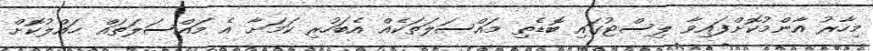
މިހާރު އާންމުކޮށްފައިވާ ލިސްޓުގައި ބޮޑެތި މައްސަލަތަކެއް އެބަހުރި ކަމަށާ އެ މައްސަލަތައް ހައްލުކޮށް